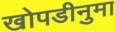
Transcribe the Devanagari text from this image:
खोपडीनुमा